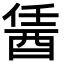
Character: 䣸